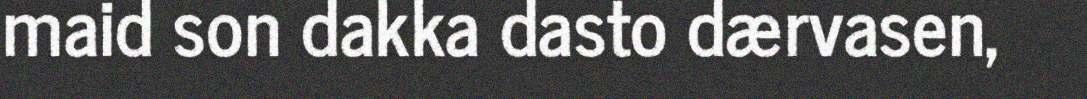
maid son dakka dasto dærvasen,